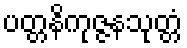
ပတ္တနိကုဇ္ဇနသုတ္တံ